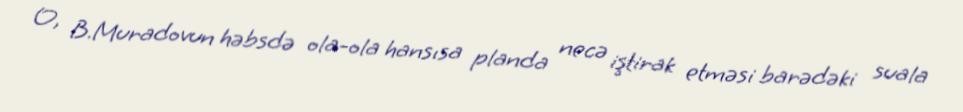
O, B.Muradovun həbsdə ola-ola hansısa planda necə iştirak etməsi barədəki suala